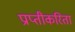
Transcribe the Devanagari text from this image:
प्राप्तीकरिता